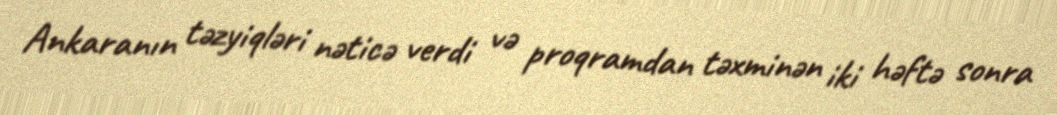
Ankaranın təzyiqləri nəticə verdi və proqramdan təxminən iki həftə sonra